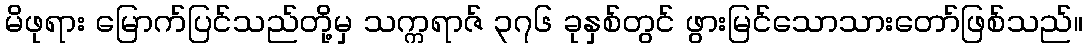
မိဖုရား မြောက်ပြင်သည်တို့မှ သက္ကရာဇ် ၃၇၆ ခုနှစ်တွင် ဖွားမြင်သောသားတော်ဖြစ်သည်။